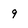
Character: 9